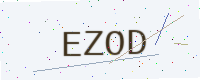
Text: EZOD